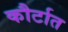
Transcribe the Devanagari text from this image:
कौर्टात